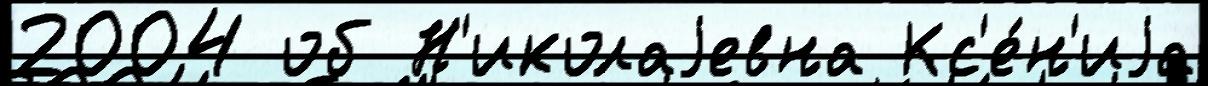
2004 об Н'иколаjевна Кс'е́н'иjа